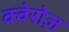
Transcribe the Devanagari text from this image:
क्वेरोज़